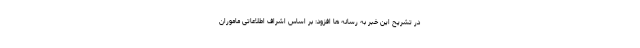
در تشریح این خبر به رسانه ها افزود: بر اساس اشراف اطلاعاتی ماموران